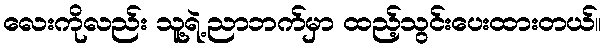
လေးကိုလည်း သူ့ရဲ့ညာဘက်မှာ ထည့်သွင်းပေးထားတယ်။